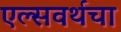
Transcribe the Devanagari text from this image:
एल्सवर्थचा